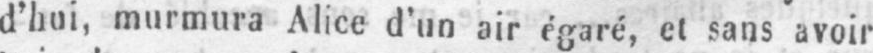
d’hui, murmura Alice d’un air égaré, et sans avoir